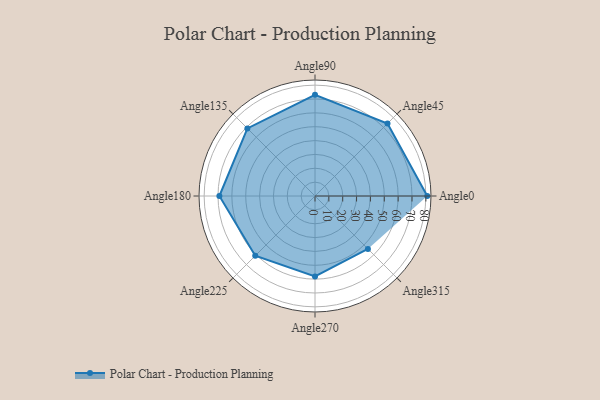
{"axis": {"x": "Angle", "y": "Radius"}, "legend": [""], "data": [{"x": "Angle0", "y": 81.0, "type": ""}, {"x": "Angle45", "y": 74.0, "type": ""}, {"x": "Angle90", "y": 73.0, "type": ""}, {"x": "Angle135", "y": 69.0, "type": ""}, {"x": "Angle180", "y": 69.0, "type": ""}, {"x": "Angle225", "y": 61.0, "type": ""}, {"x": "Angle270", "y": 58.0, "type": ""}, {"x": "Angle315", "y": 54.0, "type": ""}]}